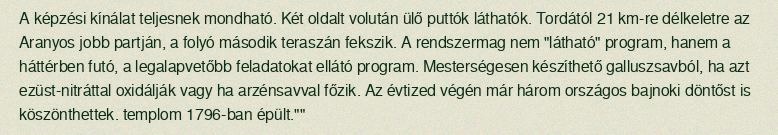
A képzési kínálat teljesnek mondható. Két oldalt volután ülő puttók láthatók. Tordától 21 km-re délkeletre az Aranyos jobb partján, a folyó második teraszán fekszik. A rendszermag nem "látható" program, hanem a háttérben futó, a legalapvetőbb feladatokat ellátó program. Mesterségesen készíthető galluszsavból, ha azt ezüst-nitráttal oxidálják vagy ha arzénsavval főzik. Az évtized végén már három országos bajnoki döntőst is köszönthettek. templom 1796-ban épült.""